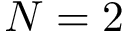
N = 2